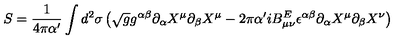
S = \frac { 1 } { 4 \pi \alpha ^ { \prime } } \int d ^ { 2 } \sigma \left( \sqrt { g } g ^ { \alpha \beta } \partial _ { \alpha } X ^ { \mu } \partial _ { \beta } X ^ { \mu } - 2 \pi \alpha ^ { \prime } i B _ { \mu \nu } ^ { E } \epsilon ^ { \alpha \beta } \partial _ { \alpha } X ^ { \mu } \partial _ { \beta } X ^ { \nu } \right)